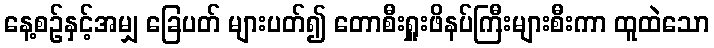
နေ့စဉ်နှင့်အမျှ ခြေပတ် များပတ်၍ တောစီးရှူးဖိနပ်ကြီးများစီးကာ ထူထဲသော